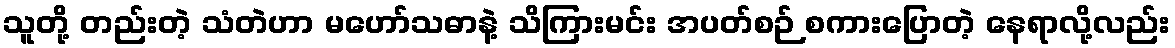
သူတို့ တည်းတဲ့ သံတဲဟာ မဟော်သဓာနဲ့ သိကြားမင်း အပတ်စဉ် စကားပြောတဲ့ နေရာလို့လည်း